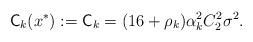
LaTeX: \begin{align*}\mathsf{C}_k(x^*):=\mathsf{C}_k=(16+\rho_k)\alpha_{k}^2C_2^2\sigma^2.\end{align*}